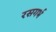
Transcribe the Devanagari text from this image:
रसगर्भ